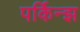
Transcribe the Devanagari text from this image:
पर्किन्झ